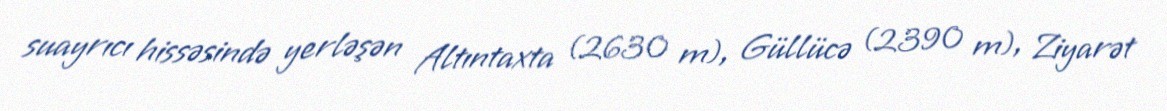
suayrıcı hissəsində yerləşən Altıntaxta (2630 m), Güllücə (2390 m), Ziyarət